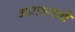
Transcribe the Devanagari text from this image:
आगमनाचे